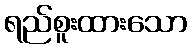
ရည်စူးထားသော